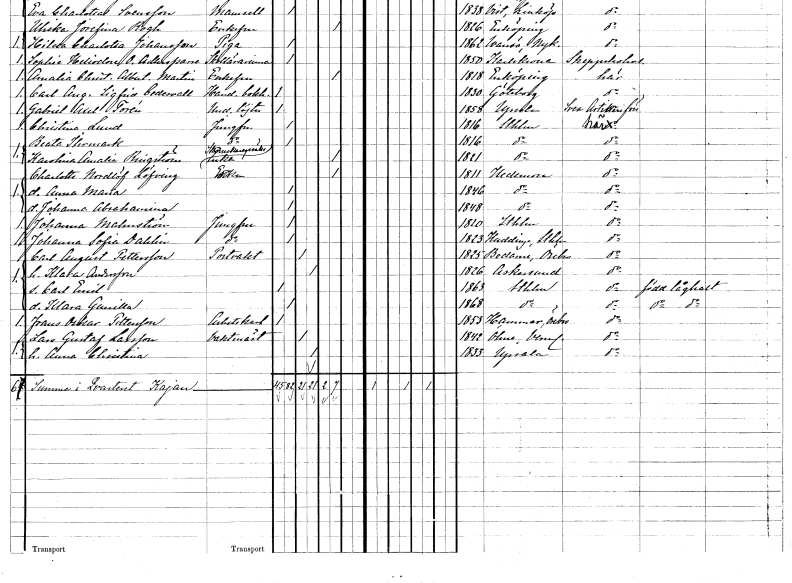
gt_parse: households: individuals: FN: Charlotta
EN: Nordlöf Löfving
YRKE: Änka
KON: K
CIV: E
FODAR: 1811
FODFORS: Hedemora Kopparbergs län
FN: Anna Maria
KON: K
CIV: O
FODAR: 1846
FODFORS: Hedemora Kopparbergs län
FN: Johanna Abrahamina
KON: K
CIV: O
FODAR: 1848
FODFORS: Hedemora Kopparbergs län
FN: Johanna
EN: Malmström
YRKE: Jungfru
KON: K
CIV: O
FODAR: 1810
FODFORS: Stockholm
FN: Johanna Sofia
EN: Dahlin
YRKE: Jungfru
KON: K
CIV: O
FODAR: 1823
FODFORS: Huddinge Stockholms län
FN: Carl August
EN: Pettersson
YRKE: Portvakt
KON: M
CIV: G
FODAR: 1825
FODFORS: Bodarne Örebro län
FN: Klara
EN: Andersson
KON: K
CIV: G
FODAR: 1826
FODFORS: Askersund Örebro län
FN: Carl Emil
KON: M
CIV: O
FODAR: 1863
FODFORS: Stockholm
FN: Klara Gunilla
KON: K
CIV: O
FODAR: 1868
FODFORS: Stockholm
FN: Frans Oskar
EN: Pettersson
YRKE: Arbetskarl
KON: M
CIV: O
FODAR: 1853
FODFORS: Hammar Örebro län
FN: Lars Gustaf
EN: Larsson
YRKE: Vaktmästare
KON: M
CIV: G
FODAR: 1842
FODFORS: Ölme Värmlands län
FN: Anna Christina
KON: K
CIV: G
FODAR: 1833
FODFORS: Uppsala Uppsala län